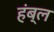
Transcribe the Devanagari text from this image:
हंब्ल